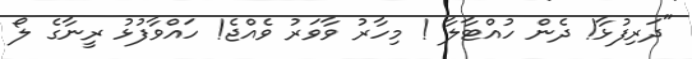
"ދަރިފުޅާ! ދެން ހުއްޓާލާ ! މިހާރު ވާވަރު ވެއްޖެ! ހައްވާފުޅު ރީނާގެ ލޯ